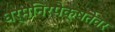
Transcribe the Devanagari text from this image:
धर्मनिरपेक्षतेवर